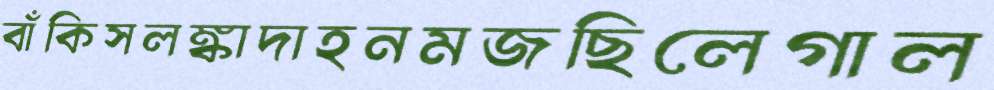
বাঁকিসলঙ্কাদাহনমজছিলেগাল